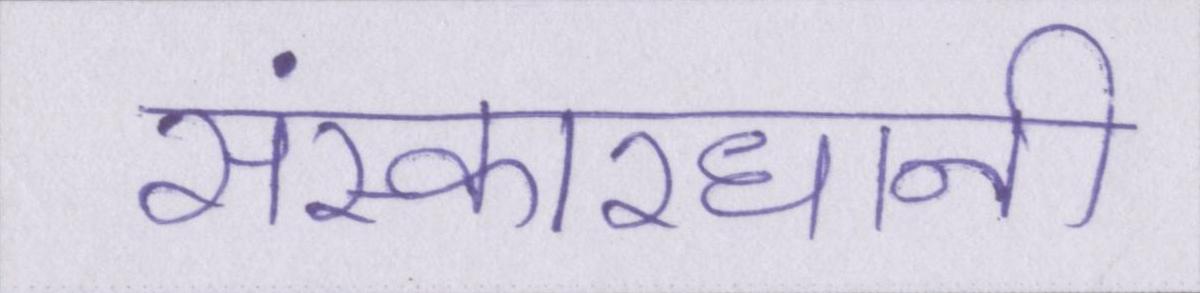
संस्कारधानी